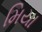
મિયા